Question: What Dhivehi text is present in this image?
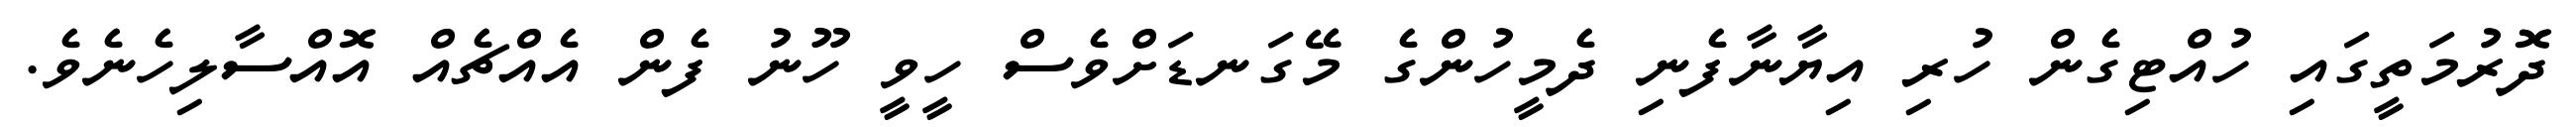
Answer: ދޮރުމަތީގައި ހުއްޓިގެން ހުރި އިޔާނާފެނި ދެމީހުންގެ މޭގަނޑަށްވެސް ހީވީ ހޫނު ފެން އެއްޗެއް އޮއްސާލިހެނެވެ.